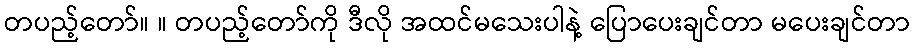
တပည့်တော်။ ။ တပည့်တော်ကို ဒီလို အထင်မသေးပါနဲ့ ပြောပေးချင်တာ မပေးချင်တာ